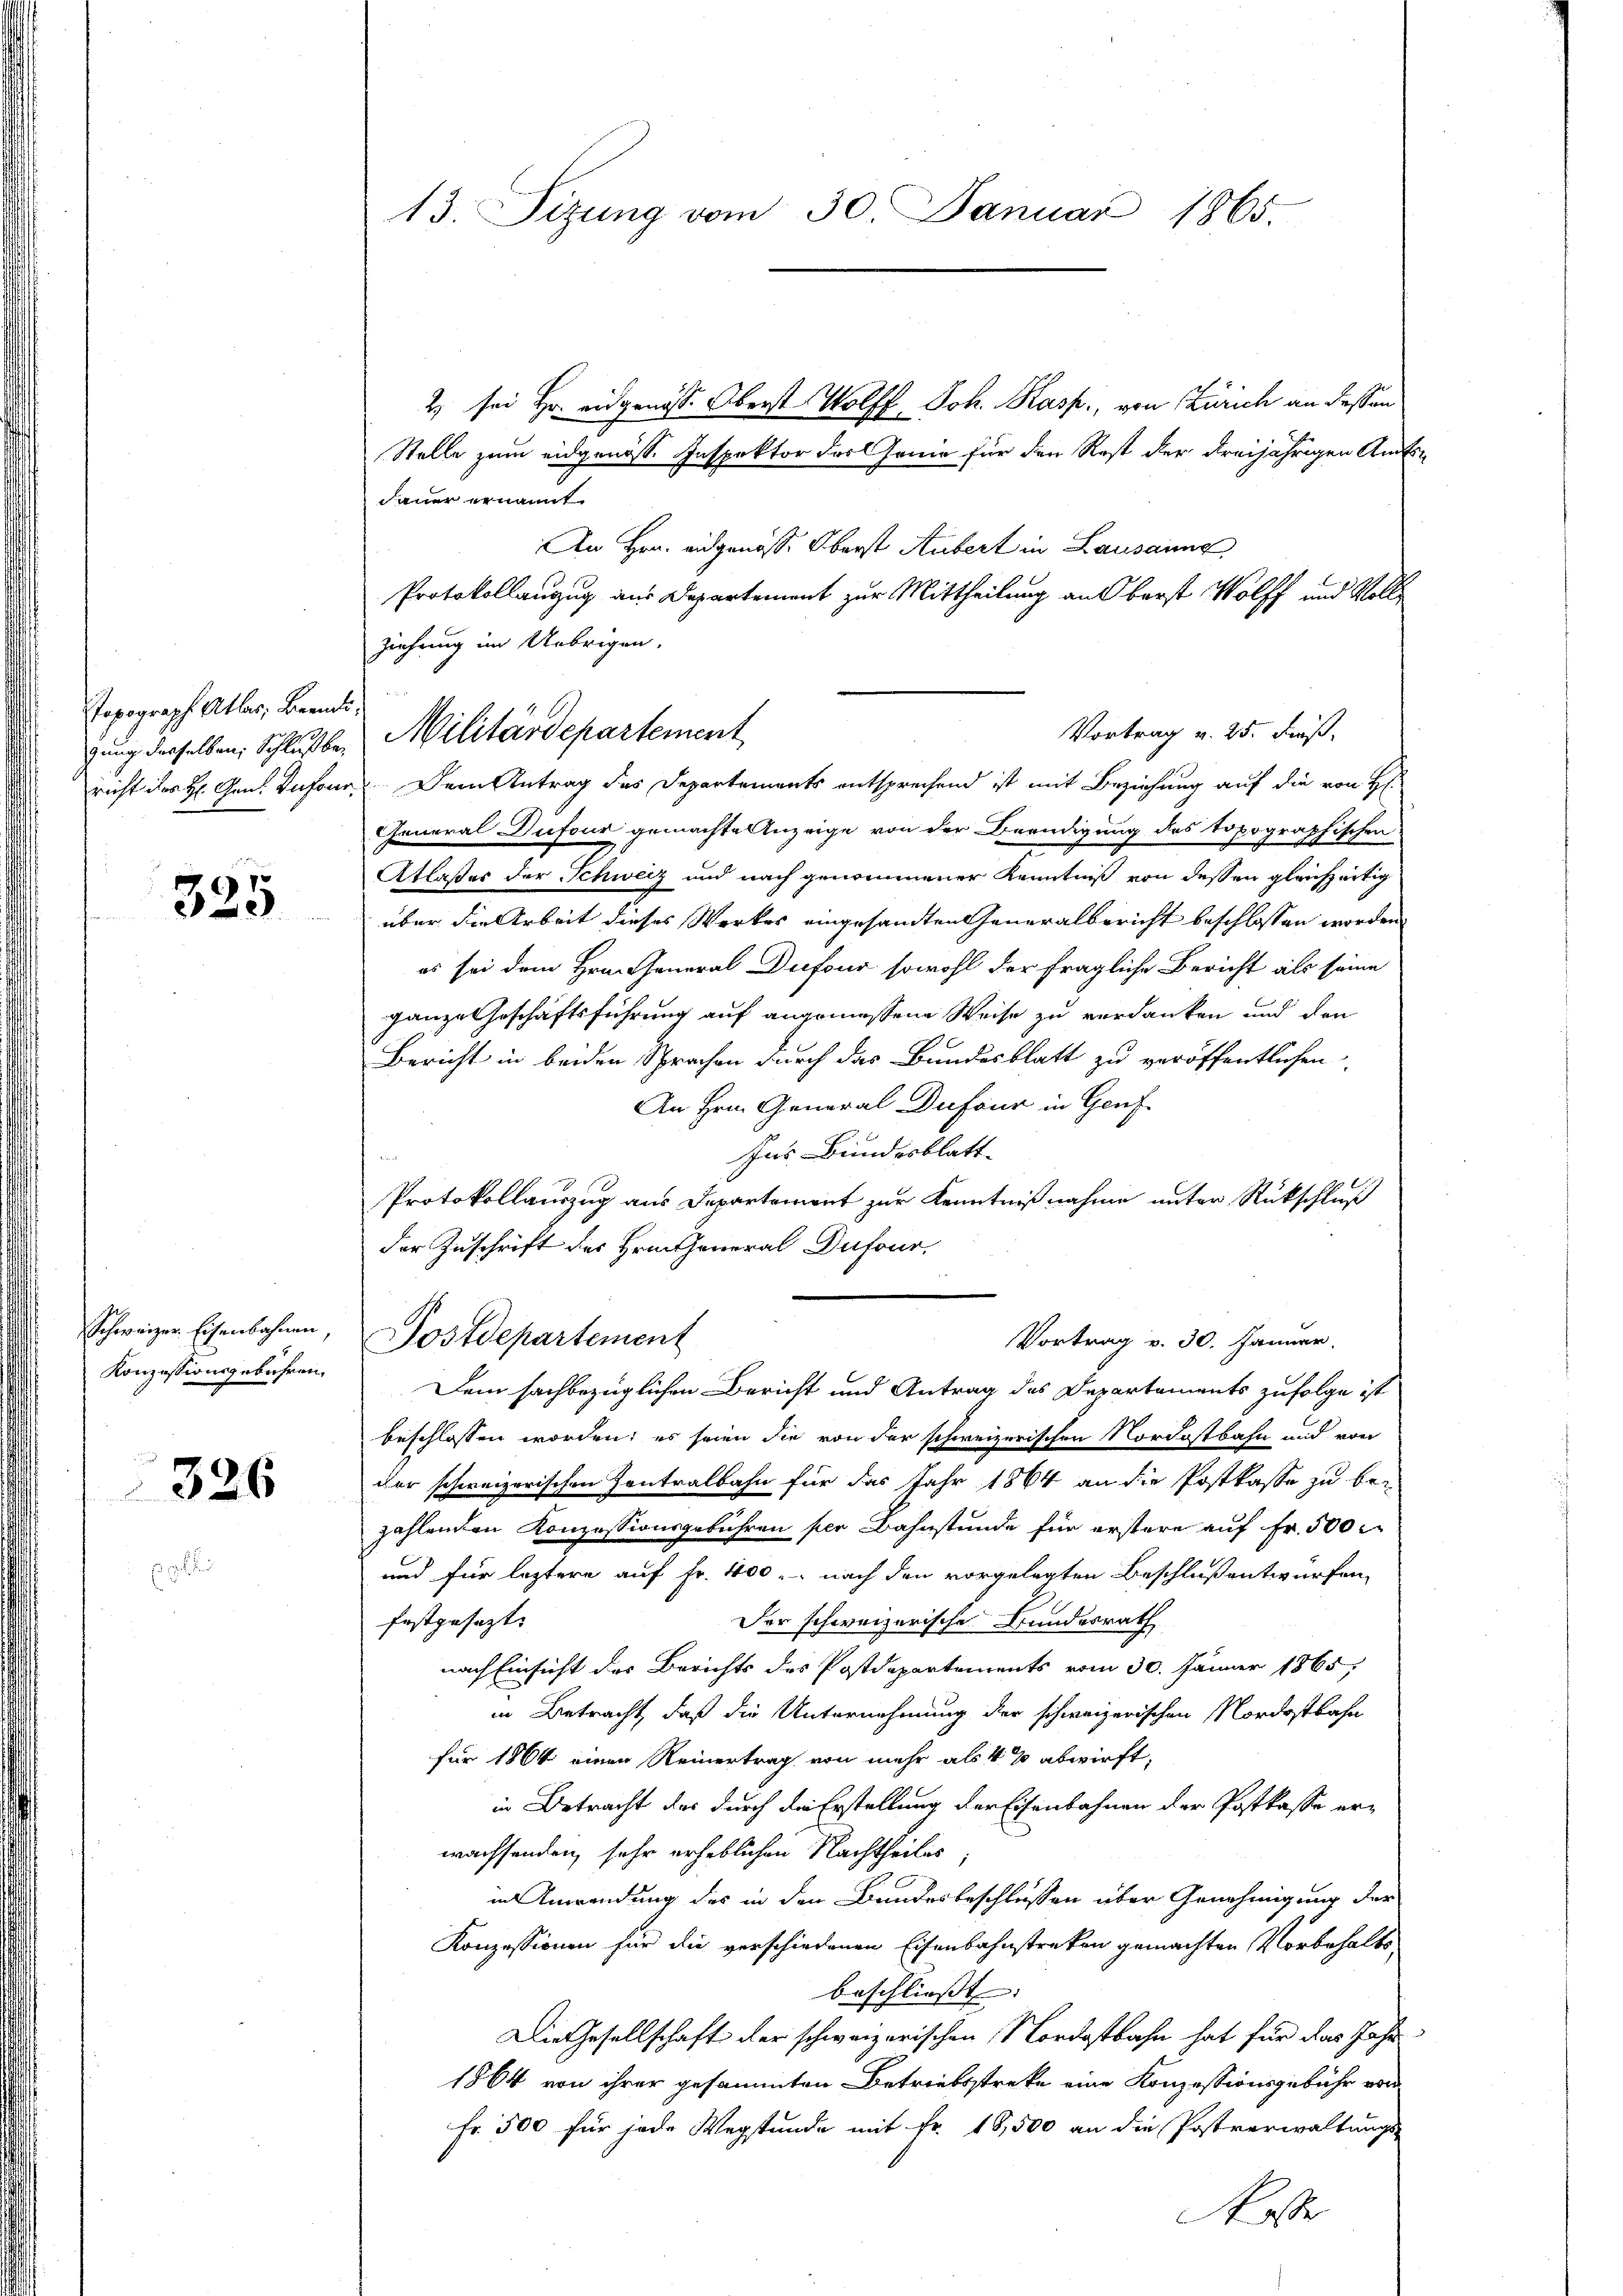
Topograph Alber, Beendi

325

Schweizer Eisenbahnen,
Konzessionsgebühren.

326

13. Sizung vom 30. Januar 1865.

2 sei Hr. eidgenöss. Oberst Wolff Joh. Kasp., von Zürich an dessen
Stelle zum eidgenöss. Inspektor des Genie für den Rost der dreijährigen Amts-
dauer ernannt
An Hrn. eidgenosse Oberst Aubert in Lausaung
Protokollanzug aus Departement zur Mittheilung an Oberst Wolff und Vollziehung im Uebrigen.
Vortrag v. 25. dieß,
richt des H. Gen. Infour. Dem Antrag des Departements entsprechend ist mit Beziehung auf die von H
General-Dufour gemachte Anzeige von der Beendigung des topographischen
Atlaßes der Schweiz und nach genommener Kenntniß von dessen gleichzärtig
über die Arbeit dieses Werkes eingesandten Generalbericht beschlossen worden
es sei dem Hrn. General Dufour sowohl der fragliche Bericht als seine
ganze Geschäftsführung auf angemessene Weise zu verdanken und den
Bericht in beiden Sprachen durch das Bundesblatt zu veröffentlichen
An Hrn. General Dufour in Genf
Ins Bundesblatt.
Protokollauszug aus Departement zur Kenntnißnahme unter Rückschluß
der Zuschrift des Hrn. General Dufour,
Postdepartement
Vortrag v. 30. Januar.
Dem sachbezüglichen Bericht und Antrag des Departements zufolge ist
beschlossen worden; es seien die von der schweizerischen Nordostbahn und von
der schweizerischen Zentralbahn für das Jahr 1864 an die Postkasse zu bezahlenden Konzessionsgebühren per Bahnstunde für erstere auf Fr. 500
und für leztere auf Fr. 400. nach den vorgelegten Beschluß entwürfen,
festgesezt.
Der schweizerische Bundesrath
nach Einsicht der Berichts des Postdepartements vom 30. Jänner 1865
in Betracht, daß die Unternehmung der schweizerischen Nordostbahn
für 1864 einen Reinertrag von mehr als 4 % abwirft,
in Betracht des durch die Erstellung der Eisenbahnen der Postkasse erwachsenden, sehr erheblichen Nachtheiles,
in Anwendung des in den Bundesbeschlüssen über Genehmigung der
Konzessionen für die verschiedenen Eisenbahnstreken gemachten Vorbehalts-
beschliesste
Die Gesellschaft der schweizerischen Nordostbahn hat für das Jahr
1864 von ihrer gesammten Betriebsstreke eine Konzessionsgebühr von
Fr. 500 für jede Wegstunde mit fr. 18,500 an die Postverwaltungs-
ose

gung derselben Schlußber Militärdepartement